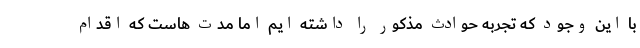
با این وجود که تجربه حوادث مذکور را داشته ایم اما مدت هاست که اقدام